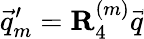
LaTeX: \vec{q}_{m}^{\prime}=\mathbf{R}_{4}^{(m)}\vec{q}